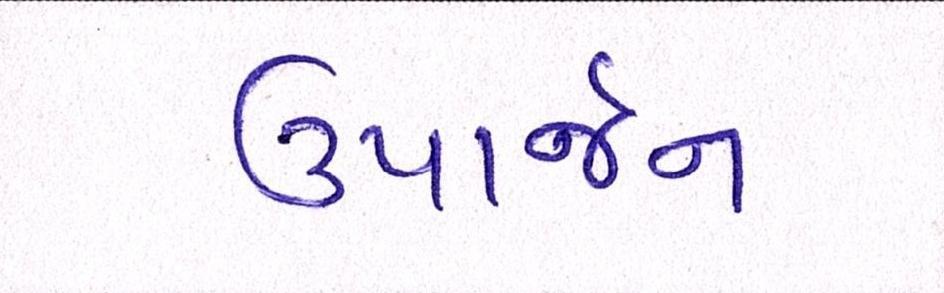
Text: ઉપાર્જન